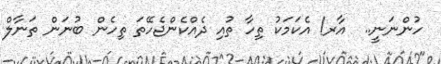
ހުންނަނީ..  އާރ! އެކަމަކު ތިހާ ތުއި ދެއްކެންޖެހޭތަ ތިހެން ބުނަން ތަނާލް